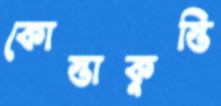
কোস্তাকুস্তি